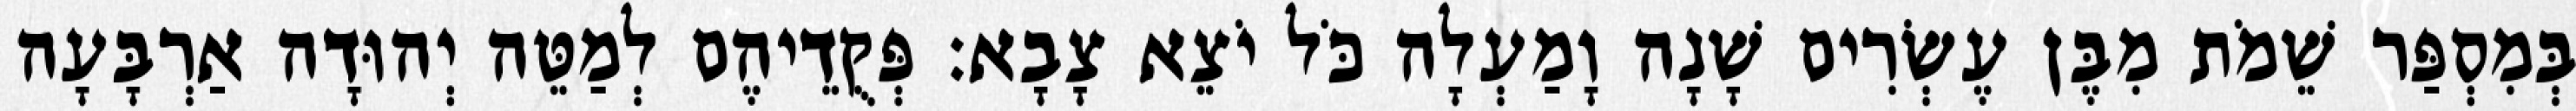
בְּמִסְפַּר שֵׁמֹת מִבֶּן עֶשְׂרִים שָׁנָה וָמַעְלָה כֹּל יֹצֵא צָבָא׃ פְּקֻדֵיהֶם לְמַטֵּה יְהוּדָה אַרְבָּעָה